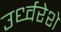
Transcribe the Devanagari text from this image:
उर्ध्वरेशे